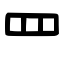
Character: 罒